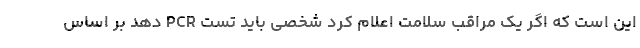
این است که اگر یک مراقب سلامت اعلام کرد شخصی باید تست PCR دهد بر اساس